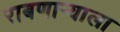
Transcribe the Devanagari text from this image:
राबणार्‍याला